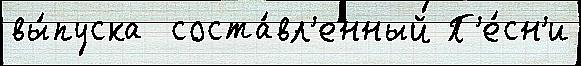
вы́пуска  соста́вл'енный П'е́сн'и